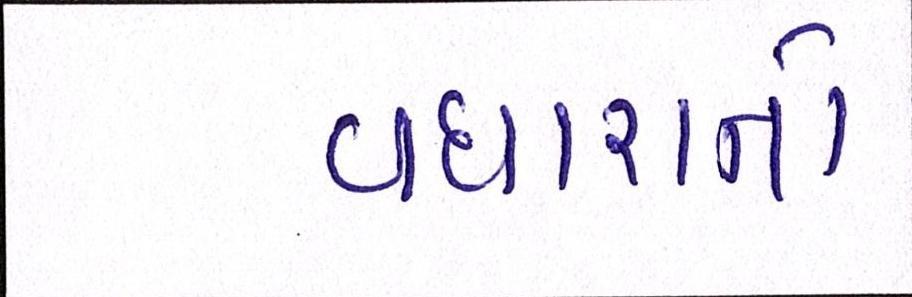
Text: વધારાનો